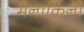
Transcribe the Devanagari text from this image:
मैनाकिनी